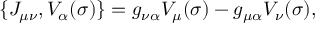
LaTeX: \{ J _ { \mu \nu } , V _ { \alpha } ( \sigma ) \} = g _ { \nu \alpha } V _ { \mu } ( \sigma ) - g _ { \mu \alpha } V _ { \nu } ( \sigma ) ,